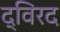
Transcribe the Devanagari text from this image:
द्विरद